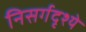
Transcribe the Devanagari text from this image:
निसर्गदृश्ये